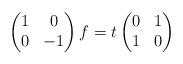
LaTeX: \begin{align*}\begin{pmatrix}1 & 0\\0 & -1\end{pmatrix}f = t \begin{pmatrix}0 & 1\\1 & 0\end{pmatrix}\end{align*}